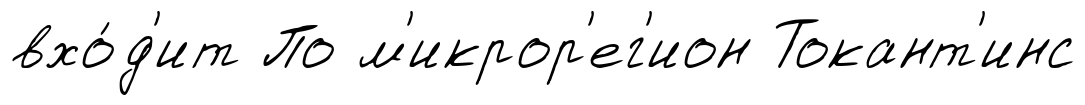
вхо́д'ит По м'икрор'ег'ион Токант'инс